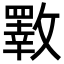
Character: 斁